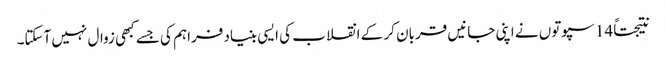
نتیجتاً 14 سپوتوں نے اپنی جانیں قربان کر کے انقلاب کی ایسی بنیاد فراہم کی جسے کبھی زوال نہیں آسکتا۔